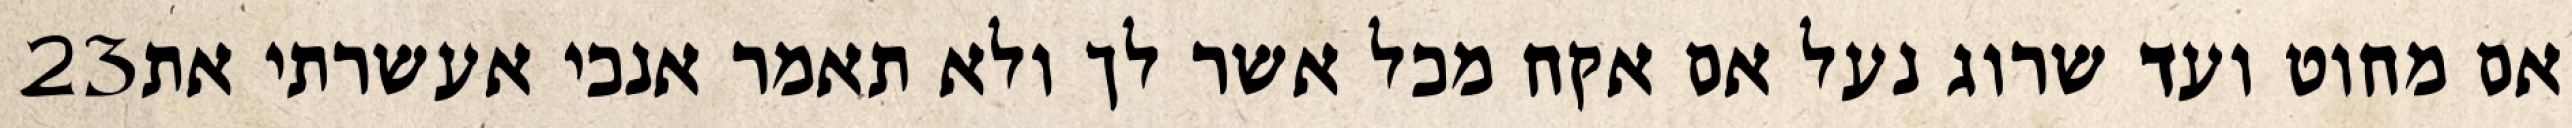
‎23‏ אם מחוט ועד שרוג נעל אם אקח מכל אשר לך ולא תאמר אנכי אעשרתי את